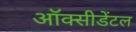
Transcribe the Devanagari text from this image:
ऑक्‍सीडेंटल